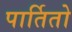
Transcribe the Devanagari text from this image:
पार्तितो